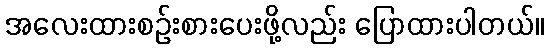
အလေးထားစဉ်းစားပေးဖို့လည်း ပြောထားပါတယ်။